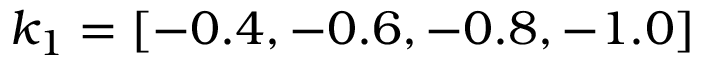
k _ { 1 } = [ - 0 . 4 , - 0 . 6 , - 0 . 8 , - 1 . 0 ]